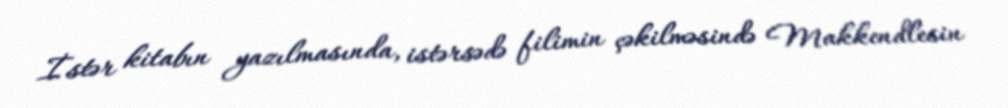
İstər kitabın yazılmasında, istərsədə filimin çəkilməsində Makkendlesin